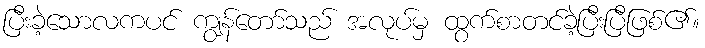
ပြီးခဲ့သောလကပင် ကျွန်တော်သည် အလုပ်မှ ထွက်စာတင်ခဲ့ပြီးပြီဖြစ်၏။